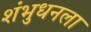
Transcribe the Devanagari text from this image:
शंभुधनला